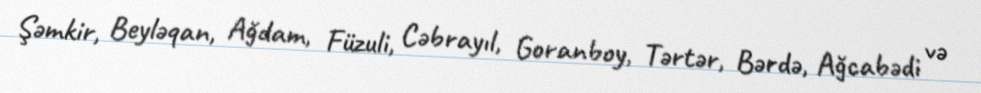
Şəmkir, Beyləqan, Ağdam, Füzuli, Cəbrayıl, Goranboy, Tərtər, Bərdə, Ağcabədi və